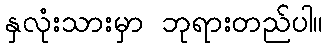
နှလုံးသားမှာ ဘုရားတည်ပါ။